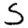
Digit: 5